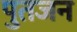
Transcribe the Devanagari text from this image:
पुतजन